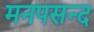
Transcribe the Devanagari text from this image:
मनपसन्द